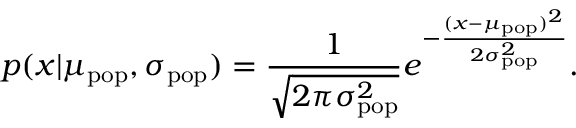
p ( x | \mu _ { \mathrm { p o p } } , \sigma _ { \mathrm { p o p } } ) = \frac { 1 } { \sqrt { 2 \pi \sigma _ { \mathrm { p o p } } ^ { 2 } } } e ^ { - \frac { ( x - \mu _ { \mathrm { p o p } } ) ^ { 2 } } { 2 \sigma _ { \mathrm { p o p } } ^ { 2 } } } .